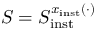
S = S _ { \mathrm { i n s t } } ^ { x _ { \mathrm { i n s t } } ( \cdot ) }